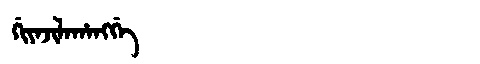
Manchu: ᡤᡳᠶᠠᠵᡳᠯᠠᡥᠠᠩᡤᡝ
Romanization: GIYAJILAHANGGE